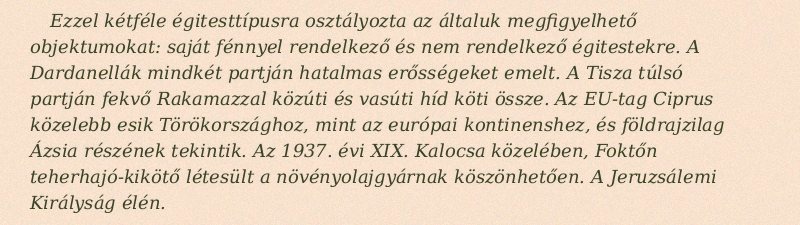
Ezzel kétféle égitesttípusra osztályozta az általuk megfigyelhető objektumokat: saját fénnyel rendelkező és nem rendelkező égitestekre. A Dardanellák mindkét partján hatalmas erősségeket emelt. A Tisza túlsó partján fekvő Rakamazzal közúti és vasúti híd köti össze. Az EU-tag Ciprus közelebb esik Törökországhoz, mint az európai kontinenshez, és földrajzilag Ázsia részének tekintik. Az 1937. évi XIX. Kalocsa közelében, Foktőn teherhajó-kikötő létesült a növényolajgyárnak köszönhetően. A Jeruzsálemi Királyság élén.